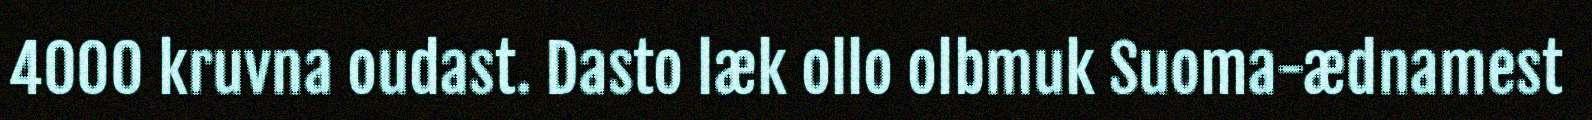
4000 kruvna oudast. Dasto læk ollo olbmuk Suoma-ædnamest